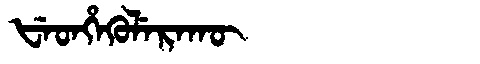
Manchu: ᡶᡝᡨᡥᡝᡴᡠᠯᡝᡵᠠᡴᡡ
Romanization: FETHEKULERAKŪ